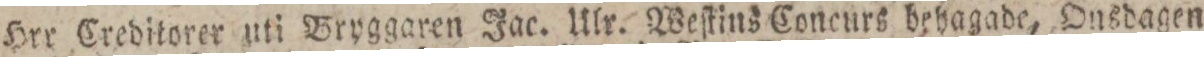
Hrr Creditorer uti Bryggaren Jac. Ulr. Weſtins Concurs behagade, Onsdagen